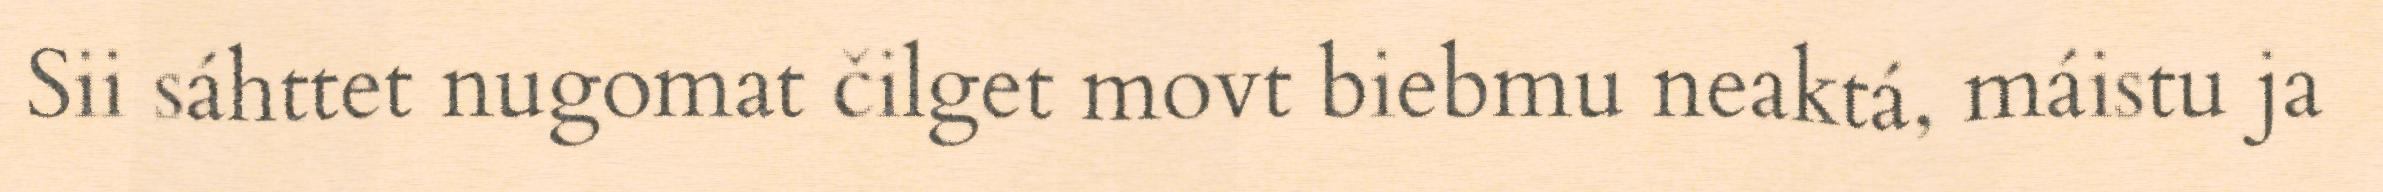
Sii sáhttet nugomat čilget movt biebmu neaktá, máistu ja